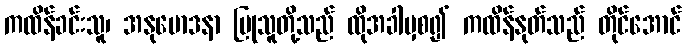
ကထိန်ခင်းသူ၊ အနုမောဒနာ ပြုသူတို့သည် ထိုအခါမှစ၍ ကထိန်နုတ်သည် တိုင်အောင်